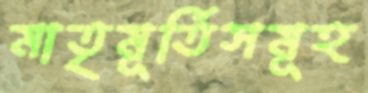
মাতৃমূর্তিসমূহ